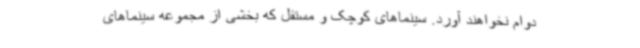
دوام نخواهند آورد. سینماهای کوچک و مستقل که بخشی از مجموعه سینماهای